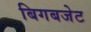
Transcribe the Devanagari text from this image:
बिगबजेट